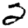
Digit: 2